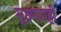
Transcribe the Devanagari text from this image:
सुक्ष्मग्राही